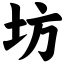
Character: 坊